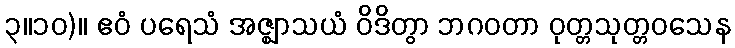
၃။၁၀)။ ဧဝံ ပရေသံ အဇ္ဈာသယံ ဝိဒိတွာ ဘဂဝတာ ဝုတ္တသုတ္တဝသေန